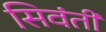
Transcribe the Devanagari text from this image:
सिवंती